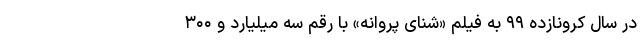
در سال کرونازده ۹۹ به فیلم «شنای پروانه» با رقم سه میلیارد و ۳۰۰